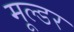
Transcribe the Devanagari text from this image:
मूल्डर